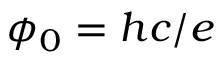
\phi _ { 0 } = h c / e